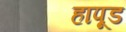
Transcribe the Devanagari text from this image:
हापूड